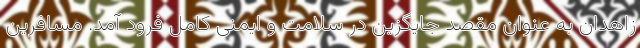
زاهدان به عنوان مقصد جایگزین در سلامت و ایمنی کامل فرود آمد. مسافرین